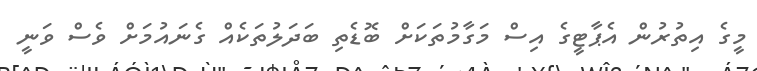
މީގެ އިތުރުން އެޕާޓީގެ އިސް މަގާމުތަކަށް ބޮޑެތި ބަދަލުތަކެއް ގެނައުމަށް ވެސް ވަނީ